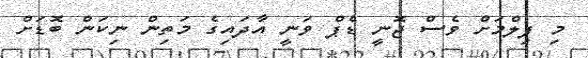
މި ފިލްމަށް ވެސް ޖޮނީ ޑެޕް ވަނީ އާދައިގެ މަތިން ނިކަން ބޮޑަށް